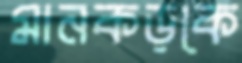
মানকড়কে